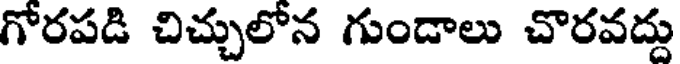
గోరపడి చిచ్చులోన గుండాలు చొరవద్దు